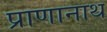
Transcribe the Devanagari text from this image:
प्राणानाथ